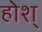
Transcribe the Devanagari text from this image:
होश्